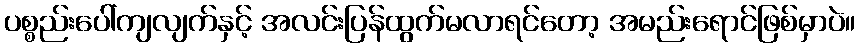
ပစ္စည်းပေါ်ကျလျက်နှင့် အလင်းပြန်ထွက်မလာရင်တော့ အမည်းရောင်ဖြစ်မှာပဲ။